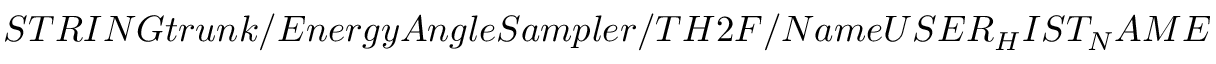
S T R I N G t r u n k / E n e r g y A n g l e S a m p l e r / T H 2 F / N a m e U S E R _ { H } I S T _ { N } A M E